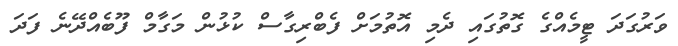
ވަރުގަދަ ޓީމެއްގެ ގޮތުގައި ދެމި އޮތުމަށް ފެބްރިގާސް ކުޅުން މަގާމް ފޫބެއްދޭނެ ފަދަ